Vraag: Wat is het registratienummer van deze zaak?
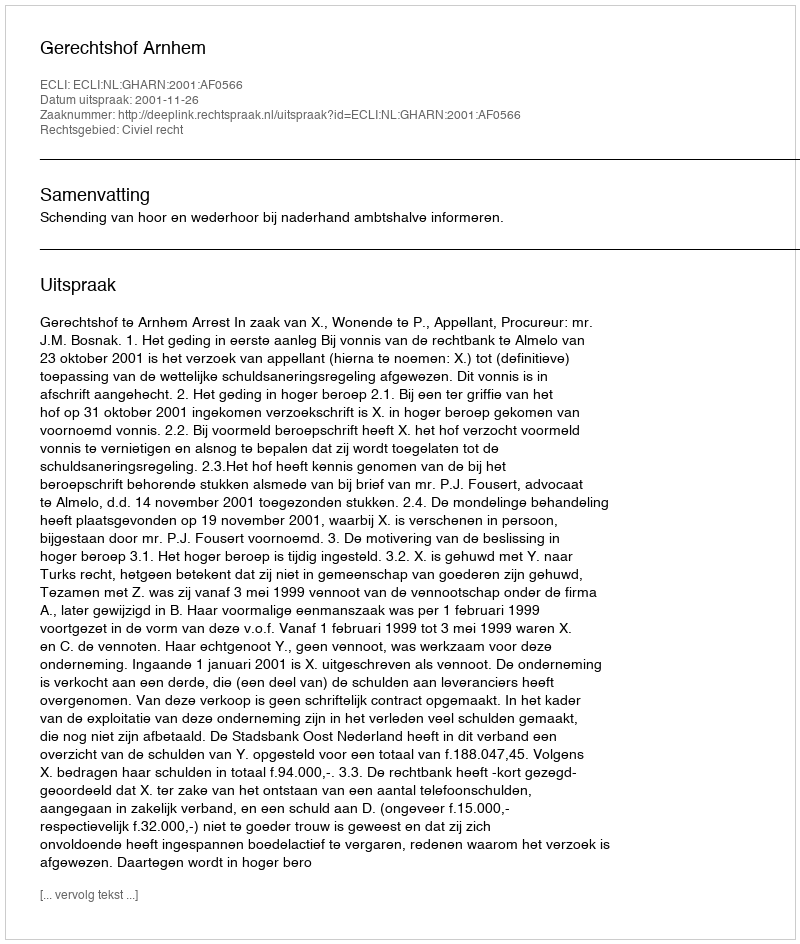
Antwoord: http://deeplink.rechtspraak.nl/uitspraak?id=ECLI:NL:GHARN:2001:AF0566